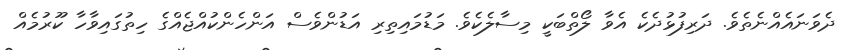
ދެވަނައެއްނެތެވެ. ދަރިފުޅުދެކެ އެވާ ލޯތްބަކީ މިސާލެކެވެ. މަޑުމައިތިރި އަޑުންވެސް އަންހެންކުއްޖެއްގެ ހިތުގައިވާހާ ކޫރުމެއް